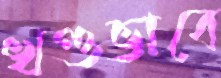
খণ্ডভাবে